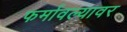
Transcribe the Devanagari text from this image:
फर्मावल्यावर